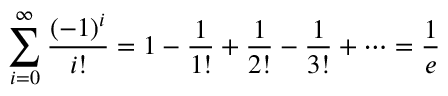
\sum _ { i = 0 } ^ { \infty } { \frac { ( - 1 ) ^ { i } } { i ! } } = 1 - { \frac { 1 } { 1 ! } } + { \frac { 1 } { 2 ! } } - { \frac { 1 } { 3 ! } } + \cdots = { \frac { 1 } { e } }